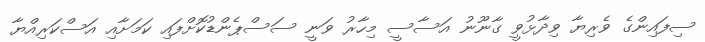
ސިފައިންގެ ވެރިޔާ ވިދާޅުވީ ގާނޫނު އަސާސީ މިހާރު ވަނީ ސަސްޕެންޑުކޮށްފައި ކަމަށާއި އަސްކަރިއްޔާ